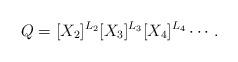
LaTeX: \begin{align*}Q=[X_2]^{L_2} [X_3]^{L_3} [X_4]^{L_4}\cdots.\end{align*}